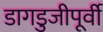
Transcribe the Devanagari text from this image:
डागडुजीपूर्वी